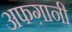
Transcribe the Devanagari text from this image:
अफग़ानी